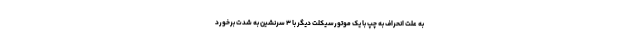
به علت انحراف به چپ با یک موتورسیکلت دیگر با ۳ سرنشین به شدت برخورد